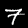
Label: 7